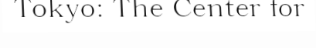
Tokyo: The Center for